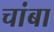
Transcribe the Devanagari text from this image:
चांबा